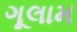
ગૂલામ